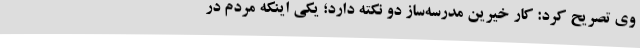
وی تصریح کرد: کار خیرین مدرسه‌ساز دو نکته دارد؛ یکی اینکه مردم در